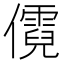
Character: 𪝷